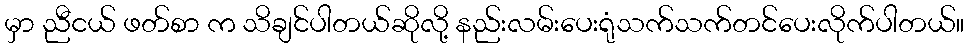
မှာ ညီငယ် ဖတ်စာ က သိချင်ပါတယ်ဆိုလို့ နည်းလမ်းပေးရုံသက်သက်တင်ပေးလိုက်ပါတယ်။